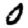
Digit: 0